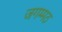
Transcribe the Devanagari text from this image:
जगम्मठ